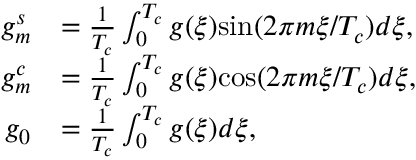
\begin{array} { r l } { g _ { m } ^ { s } } & { = \frac { 1 } { T _ { c } } \int _ { 0 } ^ { T _ { c } } g ( \xi ) \mathrm { s i n } ( 2 \pi m \xi / T _ { c } ) d \xi , } \\ { g _ { m } ^ { c } } & { = \frac { 1 } { T _ { c } } \int _ { 0 } ^ { T _ { c } } g ( \xi ) \mathrm { c o s } ( 2 \pi m \xi / T _ { c } ) d \xi , } \\ { g _ { 0 } } & { = \frac { 1 } { T _ { c } } \int _ { 0 } ^ { T _ { c } } g ( \xi ) d \xi , } \end{array}